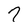
Character: 7